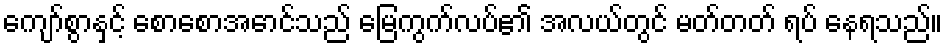
ကျော်စွာနှင့် စောစောအောင်သည် မြေကွက်လပ်၏ အလယ်တွင် မတ်တတ် ရပ် နေရသည်။